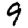
Digit: 9